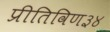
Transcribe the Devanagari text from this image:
प्रीतिविण३४